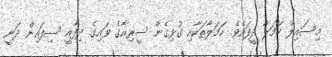
މިސައިލް ހަމަލާ ދީފައެވެ. ހަމަލާތަކާއި ގުޅިގެން ސީރިއާގެ ވައިގެ ދިފާއީ ސިފައިން ދަނީ